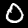
Digit: 0